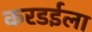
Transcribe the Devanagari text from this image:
करडईला